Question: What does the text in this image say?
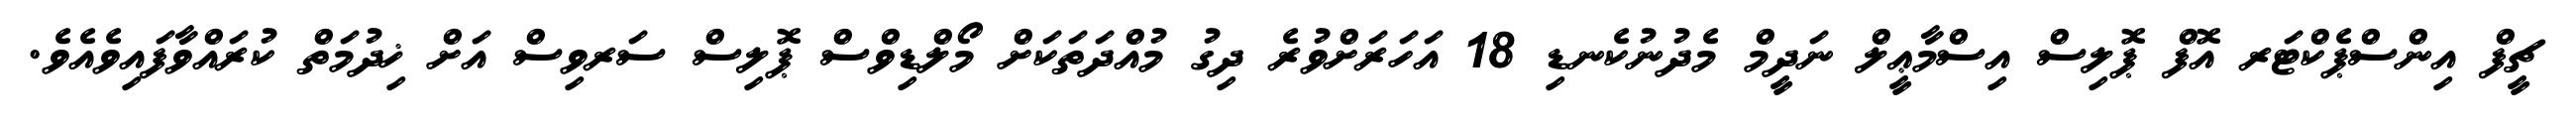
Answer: ޗީފް އިންސްޕެކްޓަރ އޮފް ޕޮލިސް އިސްމާޢީލް ނަދީމް މެދުނުކެނޑި 18 އަހަރަށްވުރެ ދިގު މުއްދަތަކަށް މޯލްޑިވްސް ޕޮލިސް ސަރވިސް އަށް ޚިދުމަތް ކުރައްވާފައިވެއެވެ.